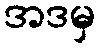
အဒမှ